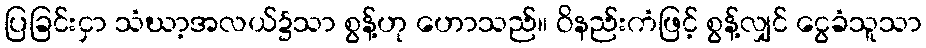
ပြခြင်းငှာ သံဃာ့အလယ်၌သာ စွန့်ဟု ဟောသည်။ ဝိနည်းကံဖြင့် စွန့်လျှင် ငွေခံသူသာ